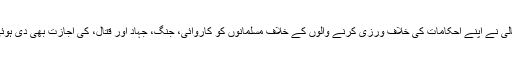
اللہ تعالیٰ نے اپنے احکامات کی خلاف ورزی کرنے والوں کے خلاف مسلمانوں کو کاروائی، جنگ، جہاد اور قتال، کی اجازت بھی دی ہوئی ہے۔